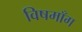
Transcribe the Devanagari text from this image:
विषमाँग